Plague in India, 1896, 1897 - Volume 3
Year: 1896
Disease focus: Plague
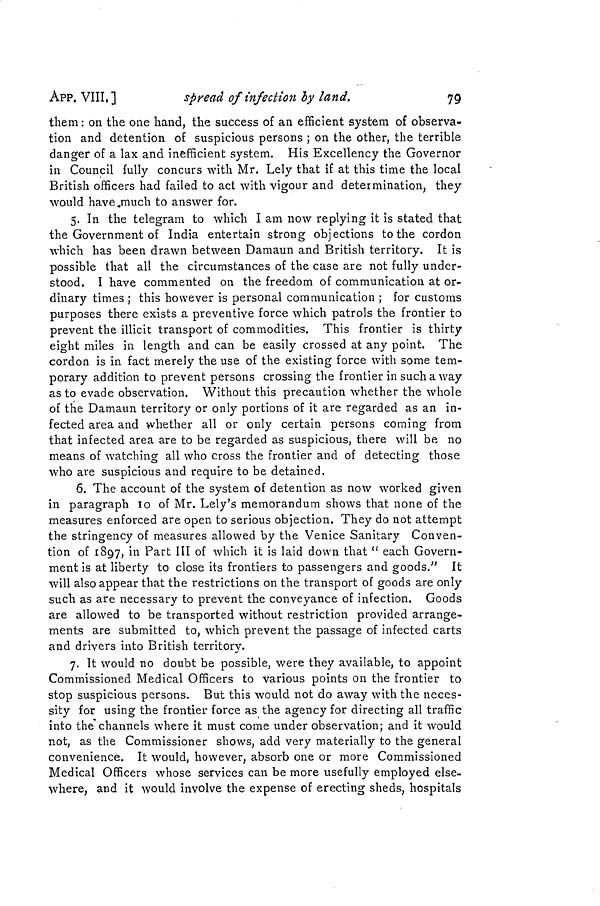
79
APP. VIII.]
spread of infection by land.
them : on the one hand, the success of an efficient system of observa-
tion and detention of suspicious persons ; on the other, the terrible
danger of a lax and inefficient system. His Excellency the Governor
in Council fully concurs with Mr. Lely that if at this time the local
British officers had failed to act with vigour and determination, they
would have „much to answer for.
5. In the telegram to which I am now replying it is stated that
the Government of India entertain strong objections to the cordon
which has been drawn between Damaun and British territory. It is
possible that all the circumstances of the case are not fully under-
stood. I have commented on the freedom of communication at or-
dinary times ; this however is personal communication ; for customs
purposes there exists a preventive force which patrols the frontier to
prevent the illicit transport of commodities. This frontier is thirty
eight miles in length and can be easily crossed at any point. The
cordon is in fact merely the use of the existing force with some tem-
porary addition to prevent persons crossing the frontier in such a way
as to evade observation. Without this precaution whether the whole
of the Damaun territory or only portions of it are regarded as an in-
fected area and whether all or only certain persons coming from
that infected area are to be regarded as suspicious, there will be no
means of watching all who cross the frontier and of detecting those
who are suspicious and require to be detained.
6. The account of the system of detention as now worked given
in paragraph 10 of Mr. Lely's memorandum shows that none of the
measures enforced are open to serious objection. They do not attempt
the stringency of measures allowed by the Venice Sanitary Conven-
tion of 1897, in Part III of which it is laid down that " each Govern-
ment is at liberty to close its frontiers to passengers and goods." It
will also appear that the restrictions on the transport of goods are only
such as are necessary to prevent the conveyance of infection. Goods
are allowed to be transported without restriction provided arrange-
ments are submitted to, which prevent the passage of infected carts
and drivers into British territory.
7. It would no doubt be possible, were they available, to appoint
Commissioned Medical Officers to various points on the frontier to
stop suspicious persons. But this would not do away with the neces-
sity for using the frontier force as the agency for directing all traffic
into the channels where it must come under observation; and it would
not, as the Commissioner shows, add very materially to the general
convenience. It would, however, absorb one or more Commissioned
Medical Officers whose services can be more usefully employed else-
where, and it would involve the expense of erecting sheds, hospitals